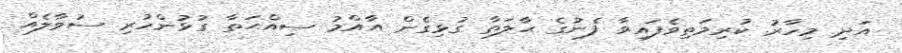
އަދި މިހާރު ކުރިމަތިވެފައިވާ ފެނުގެ ޙާލަތާ ގުޅިގެން އާއްމު ސިއްޙަތާ ގުޅުންހުރި ސުވާލެއް